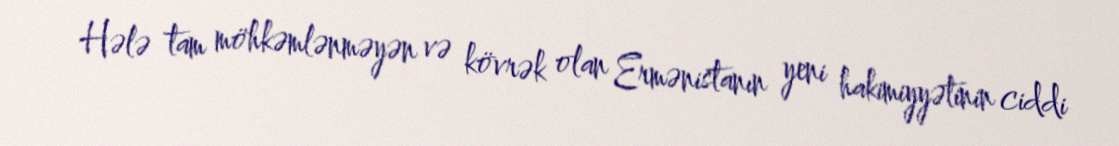
Hələ tam möhkəmlənməyən və kövrək olan Ermənistanın yeni hakimiyyətinin ciddi